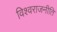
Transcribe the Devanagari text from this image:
विश्वराजनीति